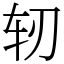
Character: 轫